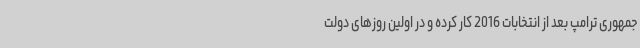
جمهوری ترامپ بعد از انتخابات 2016 کار کرده و در اولین روزهای دولت